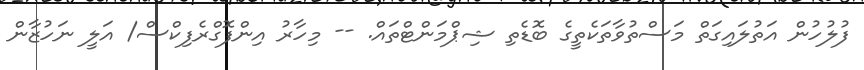
ފުލުހުން އަތުލައިގަތް މަސްތުވާތަކެތީގެ ބޮޑެތި ޝިޕްމަންޓްތައް. -- މިހާރު އިންފޮގްރެފިކްސް/ އަލީ ނަހުޒާން